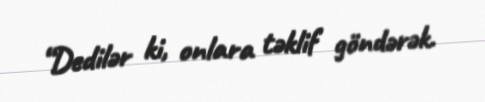
“Dedilər ki, onlara təklif göndərək.